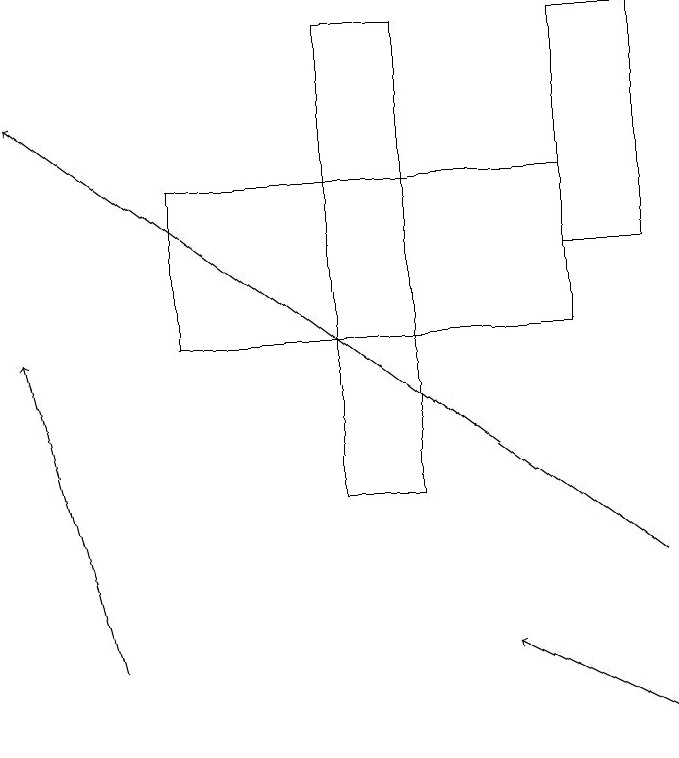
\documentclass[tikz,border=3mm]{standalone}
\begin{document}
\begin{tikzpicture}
\draw (3,17) rectangle (8,15);
\draw (9,16) rectangle (8,19);
\draw[->] (9,10) -- (7,11);
\draw (6,13) rectangle (5,19);
\draw[->] (9,12) -- (1,18);
\draw[->] (2,11) -- (1,15);
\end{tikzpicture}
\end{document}